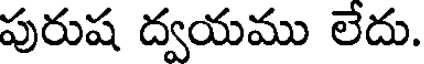
పురుష ద్వయము లేదు.